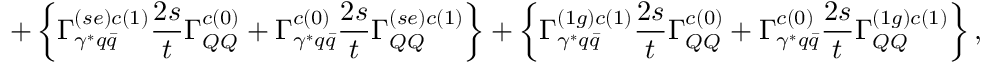
+ \left\{ \Gamma _ { \gamma ^ { * } q \bar { q } } ^ { ( s e ) c ( 1 ) } \frac { 2 s } { t } \Gamma _ { Q Q } ^ { c ( 0 ) } + \Gamma _ { \gamma ^ { * } q \bar { q } } ^ { c ( 0 ) } \frac { 2 s } { t } \Gamma _ { Q Q } ^ { ( s e ) c ( 1 ) } \right\} + \left\{ \Gamma _ { \gamma ^ { * } q \bar { q } } ^ { ( 1 g ) c ( 1 ) } \frac { 2 s } { t } \Gamma _ { Q Q } ^ { c ( 0 ) } + \Gamma _ { \gamma ^ { * } q \bar { q } } ^ { c ( 0 ) } \frac { 2 s } { t } \Gamma _ { Q Q } ^ { ( 1 g ) c ( 1 ) } \right\} ,